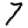
Digit: 7